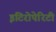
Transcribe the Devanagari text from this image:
इटिरोपेरिटी